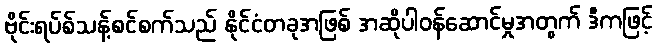
ဗိုင်းရပ်စ်သန့်စင်စက်သည် နိုင်ငံတခုအဖြစ် အဆိုပါဝန်ဆောင်မှုအတွက် ဒီကဖြင့်